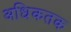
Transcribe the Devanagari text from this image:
अधिकतक